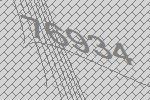
76934